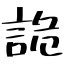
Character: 詭